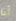
أنا